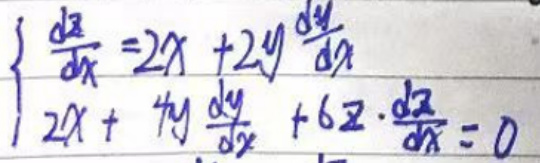
\left\{ \begin{array}{l}
\frac{d z}{d x}=2x + 2y\frac{d y}{d x}\\
2x + 4y\frac{d y}{d x}+6z\cdot\frac{d z}{d x}=0
\end{array} \right.